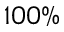
1 0 0 \%